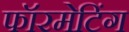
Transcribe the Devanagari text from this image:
फॉरमेटिंग